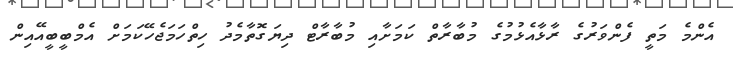
އެންމެ މަތީ ފެންވަރުގެ ރާޅާއެޅުމުގެ މުބާރާތް ކަމަށާއި މުބާރާޓް ދިޔަގޮތާމެދު ހިތްހަމަޖެހޭކަމަށް އެމްބީބީއޭއިން